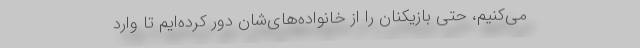
می‌کنیم، حتی بازیکنان را از خانواده‌های‌شان دور کرده‌ایم تا وارد